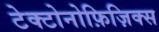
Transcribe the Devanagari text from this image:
टेक्टोनोफ़िज़िक्स